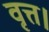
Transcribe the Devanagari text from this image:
वृत्त।